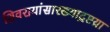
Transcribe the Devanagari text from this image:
शिवरायांसारख्याद्रष्टय़ा